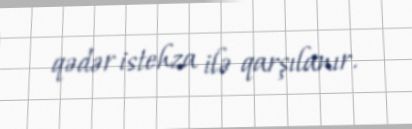
qədər istehza ilə qarşılanır.